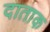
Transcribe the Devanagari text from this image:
दाताक